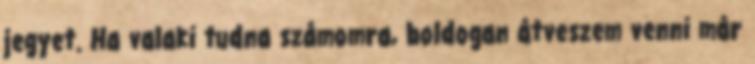
jegyet. Ha valaki tudna számomra, boldogan átveszem venni már